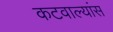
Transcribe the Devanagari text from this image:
कटवाल्यांस